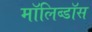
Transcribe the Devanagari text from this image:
मॉलिब्डॉस